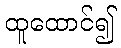
ထူထောင်၍